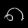
Digit: ၈